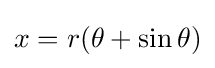
x=r(\theta +\sin \theta )